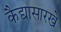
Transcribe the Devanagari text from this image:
कैद्यासारखे